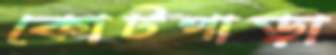
কোটপাড়া